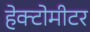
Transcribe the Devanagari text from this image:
हेक्टोमीटर